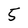
Character: 5